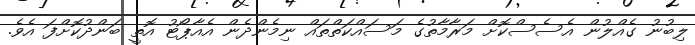
ލިބުނު ގެއްލުން އެސެސްކޮށް މަރާމާތުގެ މަސައްކަތްތައް ނިމެންދެން އެއާޕޯޓު އޮތީ ބަންދުކޮށްފަ އެވެ.